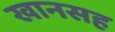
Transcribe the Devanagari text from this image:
खानसह